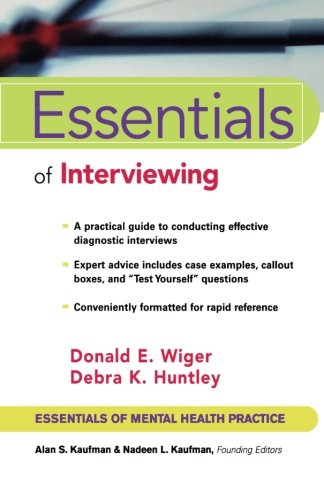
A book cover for Essentials of Interviewing; Donald E. Wiger; Medical Books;